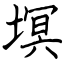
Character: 塓